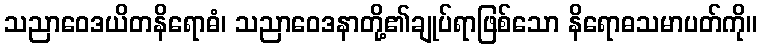
သညာဝေဒယိတနိရောဓံ၊ သညာဝေဒနာတို့၏ချုပ်ရာဖြစ်သော နိရောဓသမာပတ်ကို။